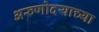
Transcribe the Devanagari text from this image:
अरुणोदयाच्या